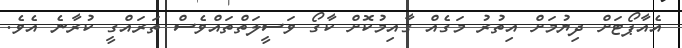
އެއާޕޯޓަށް ދިޔުމަށް އިތުރު މަގެއް ގާއިމުކޮށް ކާގޯ ވަސީލަތްތައްވެސް ތަރައްގީ ކުރާނެ އެވެ.